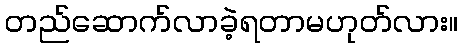
တည်ဆောက်လာခဲ့ရတာမဟုတ်လား။